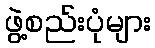
ဖွဲ့စည်းပုံများ